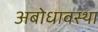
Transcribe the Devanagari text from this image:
अबोधावस्था